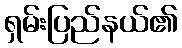
ရှမ်းပြည်နယ်၏